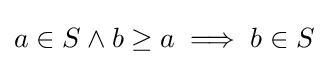
a\in S\land b\geq a\implies b\in S